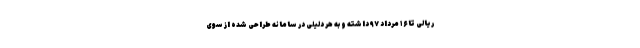
ریالی تا ۱۶ مرداد ۹۷ داشته و به هر دلیلی در سامانه طراحی شده از سوی